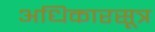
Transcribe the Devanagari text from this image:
अधिकारसूत्र